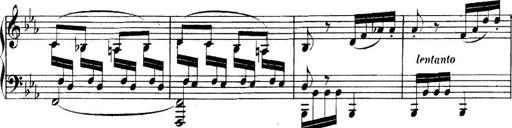
Title: Collected Piano Sonatas
Composer: Muzio Clementi